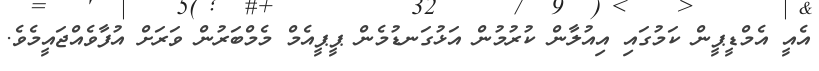
އެއީ އެމްޑީޕީން ކަމުގައި އިއުލާން ކުރުމުން އަޅުގަނޑުމެން ޕީޕީއެމް މެމްބަރުން ވަރަށް އުފާވެއްޖައީމެވެ.